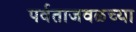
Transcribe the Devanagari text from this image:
पर्वताजवळच्या